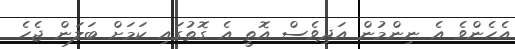
އެހެންވެ އެ ނިންމުން އަދިވެސް އޮތީ އެ ގޮތުގައި ކަމަށް ބަލަން ޖެހެ